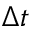
\Delta t